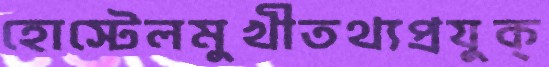
হোস্টেলমুখীতথ্যপ্রযুক্